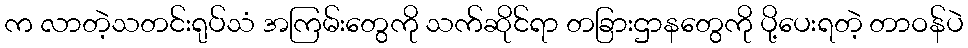
က လာတဲ့သတင်းရုပ်သံ အကြမ်းတွေကို သက်ဆိုင်ရာ တခြားဌာနတွေကို ပို့ပေးရတဲ့ တာဝန်ပဲ